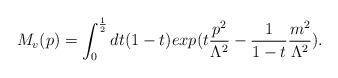
LaTeX: \begin{align*}M_v(p)=\int_0^\frac{1}{2}dt(1-t)exp(t\frac{p^2}{\Lambda^2}-\frac{1}{1-t}\frac{m^2}{\Lambda^2}).\end{align*}